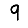
Digit: 9